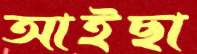
আইছা